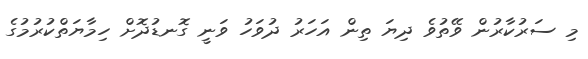
މި ސަރުކާރުން ވޭތުވެ ދިޔަ ތިން އަހަރު ދުވަހު ވަނީ ގޮނޑުދޮށް ހިމާޔަތްކުރުމުގެ